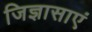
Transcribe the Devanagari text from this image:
जिज्ञासाएं